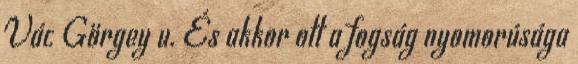
Vác Görgey u. És akkor ott a fogság nyomorúsága